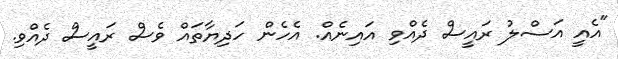
"އެއީ އަސްލު ރައީސް ދެއްވި އައިނެއް. އެހެން ހަދިޔާތައް ވެސް ރައީސް ދެއްވި.